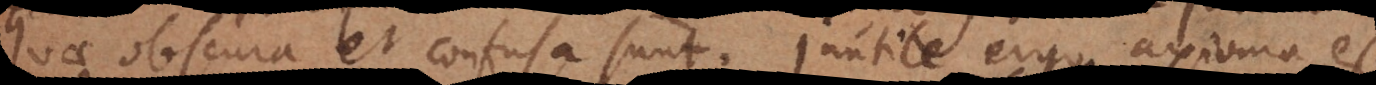
quae obscura et confusa sunt. Inutile ergo axioma es